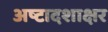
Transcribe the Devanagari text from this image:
अष्टादशाक्षर